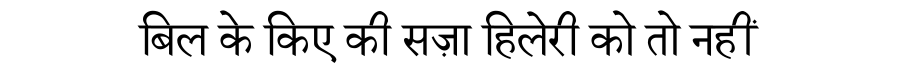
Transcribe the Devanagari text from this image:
बिल के किए की सज़ा हिलेरी को तो नहीं